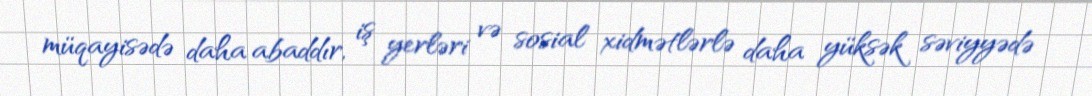
müqayisədə daha abaddır, iş yerləri və sosial xidmətlərlə daha yüksək səviyyədə